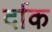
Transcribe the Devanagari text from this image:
र्दाक